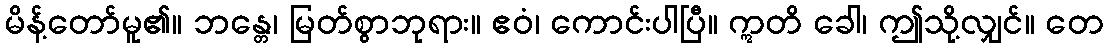
မိန့်တော်မူ၏။ ဘန္တေ၊ မြတ်စွာဘုရား။ ဧဝံ၊ ကောင်းပါပြီ။ ဣတိ ခေါ၊ ဤသို့လျှင်။ တေ